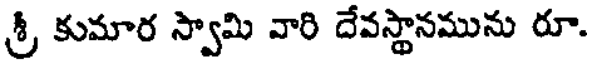
శ్రీ కుమార స్వామి వారి దేవస్థానమును రూ.